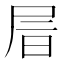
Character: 𡱔